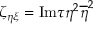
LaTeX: \zeta _ { \eta \xi } = \mathrm { I m } \tau \eta ^ { 2 } \overline { { { \eta } } } ^ { 2 }